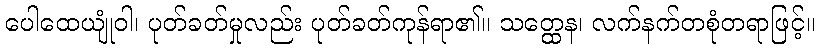
ပေါထေယျုံဝါ၊ ပုတ်ခတ်မှုလည်း ပုတ်ခတ်ကုန်ရာ၏။ သတ္ထေန၊ လက်နက်တစုံတရာဖြင့်။